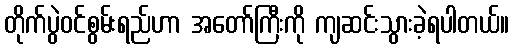
တိုက်ပွဲဝင်စွမ်းရည်ဟာ အတော်ကြီးကို ကျဆင်းသွားခဲ့ရပါတယ်။